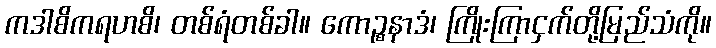
ကဒါစိကရဟစိ၊ တစ်ရံတစ်ခါ။ ကောဉ္စနာဒံ၊ ကြိုးကြာငှက်တို့မြည်သံကို။